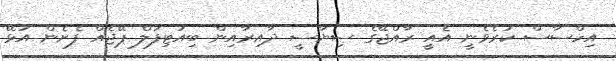
އިހްސާސް ކުރެވެނީ އެއީ ރާއްޖޭގެ ސިޔާސީ ދާއިރާއިން ބިއުޓިފުލް ޕޭޖެއް ފެށެން އުޅޭ